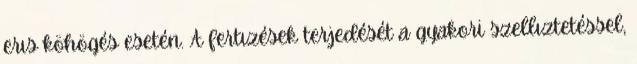
erıs köhögés esetén. A fertızések terjedését a gyakori szellıztetéssel,